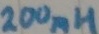
Text: 200mH